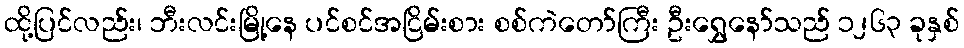
ထို့ပြင်လည်း၊ ဘီးလင်းမြို့နေ ပင်စင်အငြိမ်းစား စစ်ကဲတော်ကြီး ဦးရွှေနော်သည် ၁၂၆၃ ခုနှစ်